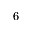
6